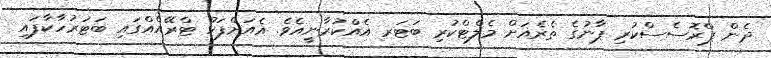
ދެން ޕްރޮސެސްކުރި ޕާނުގެ ތެރެއަށް މެލްޓްކުރި ބަޓަރ އެއްކުރާނީއެވެ. އެއަށްފަހު ޓްރޭއެއްގައި ބަޓަރުހާކާފައި